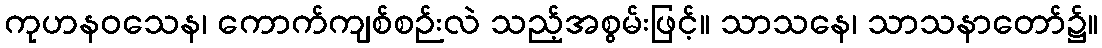
ကုဟနဝသေန၊ ကောက်ကျစ်စဉ်းလဲ သည့်အစွမ်းဖြင့်။ သာသနေ၊ သာသနာတော်၌။